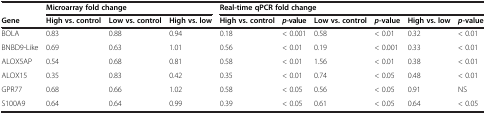
|  | <COLSPAN=3> Microarray fold change | <COLSPAN=6> Real-time qPCR fold change |
 | Gene | High vs. control | Low vs. control | High vs. low | High vs. control | p-value | Low vs. control | p-value | High vs. low | p-value |
 | --- | --- | --- | --- | --- | --- | --- | --- | --- | --- |
 | BOLA | 0.83 | 0.88 | 0.94 | 0.18 | < 0.001 | 0.58 | < 0.01 | 0.32 | < 0.01 |
 | BNBD9-Like | 0.69 | 0.63 | 1.01 | 0.56 | < 0.01 | 0.19 | < 0.001 | 0.33 | < 0.01 |
 | ALOX5AP | 0.54 | 0.68 | 0.81 | 0.58 | < 0.01 | 1.56 | < 0.01 | 0.38 | < 0.01 |
 | ALOX15 | 0.35 | 0.83 | 0.42 | 0.35 | < 0.01 | 0.74 | < 0.05 | 0.48 | < 0.01 |
 | GPR77 | 0.68 | 0.66 | 1.02 | 0.58 | < 0.05 | 0.56 | < 0.05 | 0.91 | NS |
 | S100A9 | 0.64 | 0.64 | 0.99 | 0.39 | < 0.05 | 0.61 | < 0.05 | 0.64 | < 0.05 |